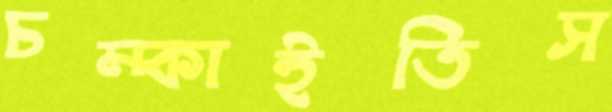
চম্‌কাইতিস